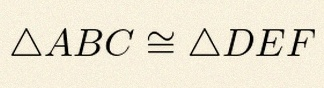
\triangle ABC\cong\triangle DEF